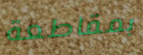
بمقاطعة